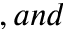
, a n d